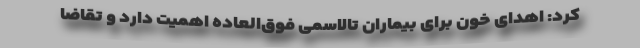
کرد: اهدای خون برای بیماران تالاسمی فوق‌العاده اهمیت دارد و تقاضا